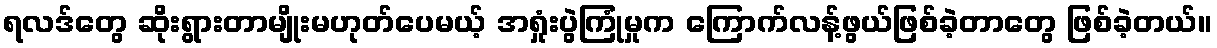
ရလဒ်တွေ ဆိုးရွားတာမျိုးမဟုတ်ပေမယ့် အရှုံးပွဲကြုံမှုက ကြောက်လန့်ဖွယ်ဖြစ်ခဲ့တာတွေ ဖြစ်ခဲ့တယ်။